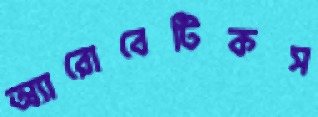
অ্যারোবেটিকস